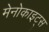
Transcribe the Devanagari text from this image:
मेनोकाइट्स